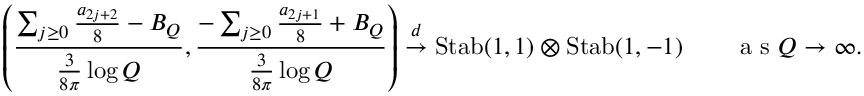
\left( \frac { \sum _ { j \ge 0 } \frac { a _ { 2 j + 2 } } { 8 } - B _ { Q } } { \frac { 3 } { 8 \pi } \log Q } , \frac { - \sum _ { j \ge 0 } \frac { a _ { 2 j + 1 } } { 8 } + B _ { Q } } { \frac { 3 } { 8 \pi } \log Q } \right) \overset { d } { \to } \mathrm { S t a b } ( 1 , 1 ) \otimes \mathrm { S t a b } ( 1 , - 1 ) \qquad \textrm { a s } Q \to \infty .